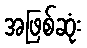
အဖြစ်ဆုံး